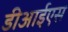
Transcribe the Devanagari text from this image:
डीआईएस